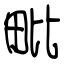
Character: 毗